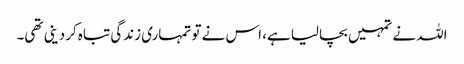
اللہ نے تمہیں بچالیا ہے، اس نے تو تمہاری زندگی تباہ کردینی تھی۔